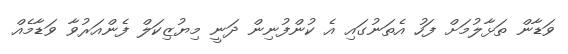
ވަޑާން ތަޅާލުމަށް ފަހު އެތަނުގައި އެ ކުންފުނިން ދަނީ މިޔުޒިކަލް ފެންއަރުވާ ވަޑާމެއް